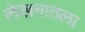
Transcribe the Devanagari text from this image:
लेखनातला